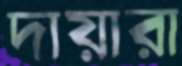
দায়ারা